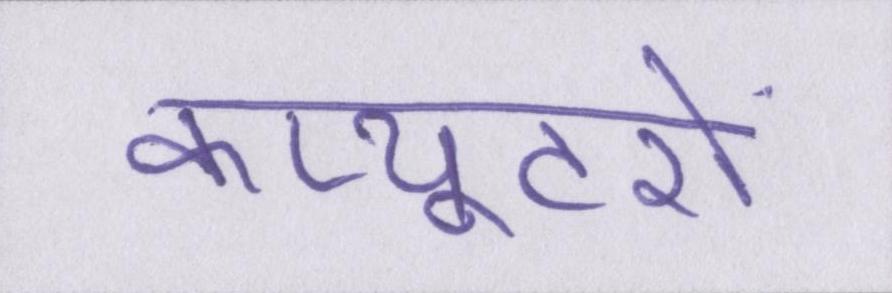
कंप्यूटरों